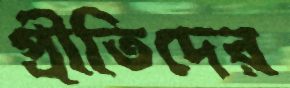
প্রীতিদের